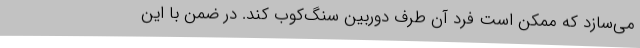
می‌سازد که ممکن است فرد آن‌ طرف دوربین سنگ‌کوب کند. در ضمن با این